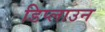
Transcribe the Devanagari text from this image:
डिप्लाउन